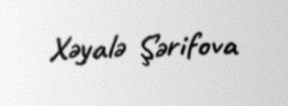
Xəyalə Şərifova